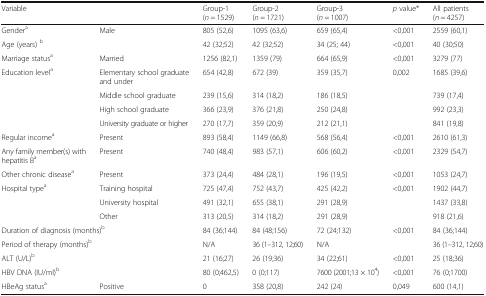
<table><thead><tr><td colspan="2"><b>Variable</b></td><td><b>Group-1 (<i>n</i> = 1529)</b></td><td><b>Group-2 (<i>n</i> = 1721)</b></td><td><b>Group-3 (<i>n</i> = 1007)</b></td><td><b><i>p</i> value*</b></td><td><b>All patients (<i>n</i> = 4257)</b></td></tr></thead><tbody><tr><td>Gender<sup>a</sup></td><td>Male</td><td>805 (52,6)</td><td>1095 (63,6)</td><td>659 (65,4)</td><td>&lt;0,001</td><td>2559 (60,1)</td></tr><tr><td colspan="2">Age (years) <sup>b</sup></td><td>42 (32;52)</td><td>42 (32;52)</td><td>34 (25; 44)</td><td>&lt;0,001</td><td>40 (30;50)</td></tr><tr><td>Marriage status<sup>a</sup></td><td>Married</td><td>1256 (82,1)</td><td>1359 (79)</td><td>664 (65,9)</td><td>&lt;0,001</td><td>3279 (77)</td></tr><tr><td rowspan="4">Education level<sup>a</sup></td><td>Elementary school graduate and under</td><td>654 (42,8)</td><td>672 (39)</td><td>359 (35,7)</td><td rowspan="2">0,002</td><td>1685 (39,6)</td></tr><tr><td>Middle school graduate</td><td>239 (15,6)</td><td>314 (18,2)</td><td>186 (18,5)</td><td>739 (17,4)</td></tr><tr><td>High school graduate</td><td>366 (23,9)</td><td>376 (21,8)</td><td>250 (24,8)</td><td></td><td>992 (23,3)</td></tr><tr><td>University graduate or higher</td><td>270 (17,7)</td><td>359 (20,9)</td><td>212 (21,1)</td><td></td><td>841 (19,8)</td></tr><tr><td>Regular income<sup>a</sup></td><td>Present</td><td>893 (58,4)</td><td>1149 (66,8)</td><td>568 (56,4)</td><td>&lt;0,001</td><td>2610 (61,3)</td></tr><tr><td>Any family member(s) with hepatitis B<sup>a</sup></td><td>Present</td><td>740 (48,4)</td><td>983 (57,1)</td><td>606 (60,2)</td><td>&lt;0,001</td><td>2329 (54,7)</td></tr><tr><td>Other chronic disease<sup>a</sup></td><td>Present</td><td>373 (24,4)</td><td>484 (28,1)</td><td>196 (19,5)</td><td>&lt;0,001</td><td>1053 (24,7)</td></tr><tr><td rowspan="3">Hospital type<sup>a</sup></td><td>Training hospital</td><td>725 (47,4)</td><td>752 (43,7)</td><td>425 (42,2)</td><td rowspan="3">&lt;0,001</td><td>1902 (44,7)</td></tr><tr><td>University hospital</td><td>491 (32,1)</td><td>655 (38,1)</td><td>291 (28,9)</td><td>1437 (33,8)</td></tr><tr><td>Other</td><td>313 (20,5)</td><td>314 (18,2)</td><td>291 (28,9)</td><td>918 (21,6)</td></tr><tr><td colspan="2">Duration of diagnosis (months)<sup>b</sup></td><td>84 (36;144)</td><td>84 (48;156)</td><td>72 (24;132)</td><td>&lt;0,001</td><td>84 (36;144)</td></tr><tr><td colspan="2">Period of therapy (months)<sup>b</sup></td><td>N/A</td><td>36 (1–312, 12;60)</td><td>N/A</td><td></td><td>36 (1–312, 12;60)</td></tr><tr><td colspan="2">ALT (U/L)<sup>b</sup></td><td>21 (16;27)</td><td>26 (19;36)</td><td>34 (22;61)</td><td>&lt;0,001</td><td>25 (18;36)</td></tr><tr><td colspan="2">HBV DNA (IU/ml)<sup>b</sup></td><td>80 (0;462,5)</td><td>0 (0;117)</td><td>7600 (2001;13 × 10<sup>4</sup>)</td><td>&lt;0,001</td><td>76 (0;1700)</td></tr><tr><td>HBeAg status<sup>a</sup></td><td>Positive</td><td>0</td><td>358 (20,8)</td><td>242 (24)</td><td>0,049</td><td>600 (14,1)</td></tr></tbody></table>